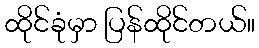
ထိုင်ခုံမှာ ပြန်ထိုင်တယ်။